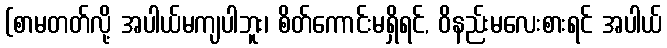
(စာမတတ်လို့ အပါယ်မကျပါဘူး၊ စိတ်ကောင်းမရှိရင်, ဝိနည်းမလေးစားရင် အပါယ်